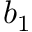
b _ { 1 }